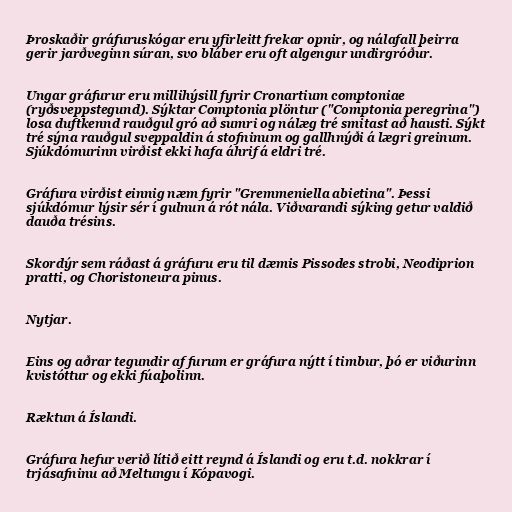
Þroskaðir gráfuruskógar eru yfirleitt frekar opnir, og nálafall þeirra
gerir jarðveginn súran, svo bláber eru oft algengur undirgróður.

Ungar gráfurur eru millihýsill fyrir Cronartium comptoniae
(ryðsveppstegund). Sýktar Comptonia plöntur ("Comptonia peregrina")
losa duftkennd rauðgul gró að sumri og nálæg tré smitast að hausti. Sýkt
tré sýna rauðgul sveppaldin á stofninum og gallhnýði á lægri greinum.
Sjúkdómurinn virðist ekki hafa áhrif á eldri tré.

Gráfura virðist einnig næm fyrir "Gremmeniella abietina". Þessi
sjúkdómur lýsir sér í gulnun á rót nála. Viðvarandi sýking getur valdið
dauða trésins.

Skordýr sem ráðast á gráfuru eru til dæmis Pissodes strobi, Neodiprion
pratti, og Choristoneura pinus.

Nytjar.

Eins og aðrar tegundir af furum er gráfura nýtt í timbur, þó er viðurinn
kvistóttur og ekki fúaþolinn.

Ræktun á Íslandi.

Gráfura hefur verið lítið eitt reynd á Íslandi og eru t.d. nokkrar í
trjásafninu að Meltungu í Kópavogi.